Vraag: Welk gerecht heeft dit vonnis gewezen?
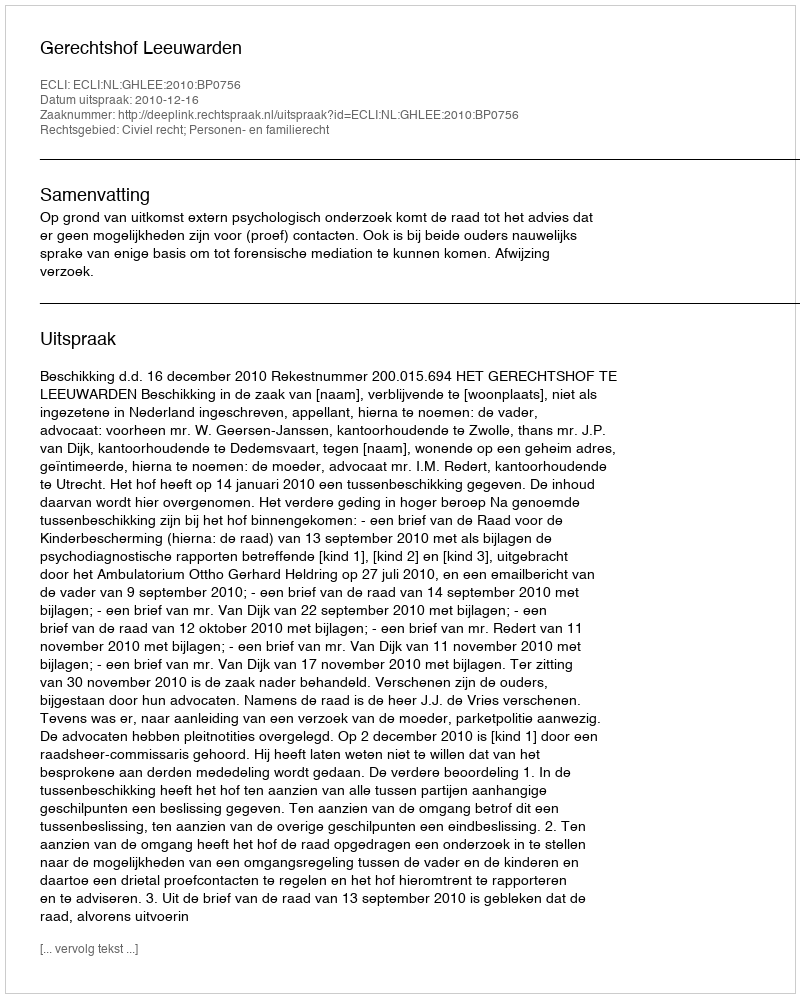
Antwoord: Gerechtshof Leeuwarden